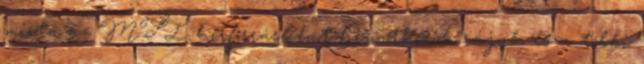
mióta az MTI hírforrásként hivatkozik rájuk és a többi